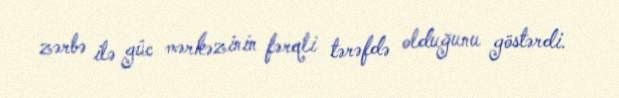
zərbə ilə güc mərkəzinin fərqli tərəfdə olduğunu göstərdi.